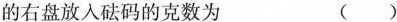
的右盘放入砝码的克数为 ()